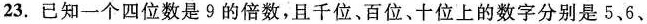
23.已知一个四位数是9的倍数，且千位、百位、十位上的数字分别是5、6、